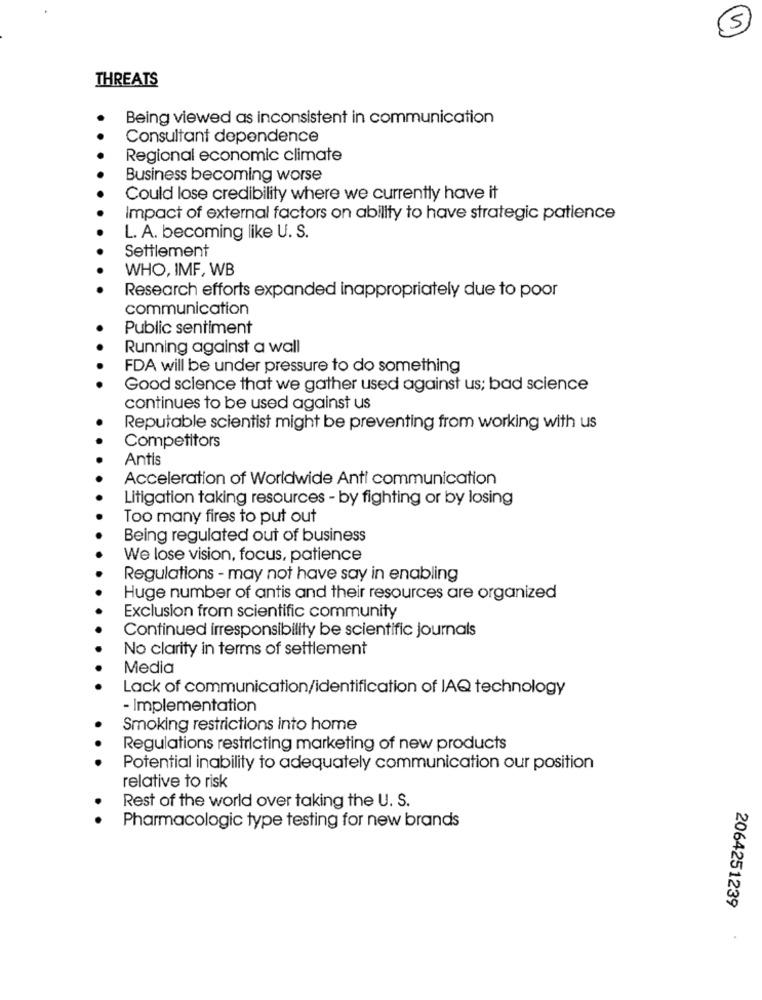
5
THREATS
Being viewed as inconsistent in communication
Consultant dependence
Regional economic climate
Business becoming worse
Could lose credibility where we currently have it
Impact of external factors on ability to have strategic patience
L. A. becoming like U. S.
Settlement
WHO, IMF, WB
Research efforts expanded inappropriately due to poor
communication
Public sentiment
Running against a wall
FDA will be under pressure to do something
Good science that we gather used against us; bad science
continues to be used against us
Reputable scientist might be preventing from working with us
Competitors
Antis
Acceleration of Worldwide Anti communication
Litigation taking resources - by fighting or by losing
Too many fires to put out
Being regulated out of business
We lose vision, focus, patience
Regulations - may not have say in enabling
Huge number of antis and their resources are organized
Exclusion from scientific community
Continued irresponsibility be scientific journals
No clarity in terms of settlement
Media
Lack of communication/identification of IAQ technology
- Implementation
Smoking restrictions into home
Regulations restricting marketing of new products
Potential inability to adequately communication our position
relative to risk
Rest of the world over taking the U. S.
Pharmacologic type testing for new brands
2064251239